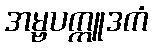
အမ္ဗပက္ကူဒကံ